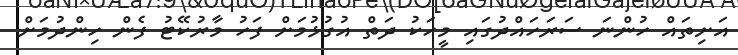
އަށިތައް ހުންނަ ސަރަހައްދުގައި މީހަކު ދަތް އުގުޅުމަށް ފަހު މާރުކޭޓު ފެން ހިންދުމަށް